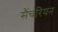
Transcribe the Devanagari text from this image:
सैंचरियन